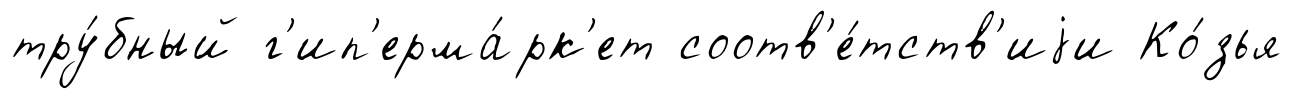
тру́бный г'ип'ерма́рк'ет соотв'е́тств'иjи Ко́зья